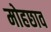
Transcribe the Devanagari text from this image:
मोहछाव